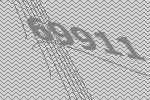
69911